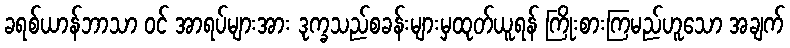
ခရစ်ယာန်ဘာသာ ဝင် အာရပ်များအား ဒုက္ခသည်စခန်းများမှထုတ်ယူရန် ကြိုးစားကြမည်ဟူသော အချက်